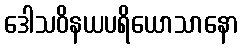
ဒေါသဝိနယပရိယောသာနော